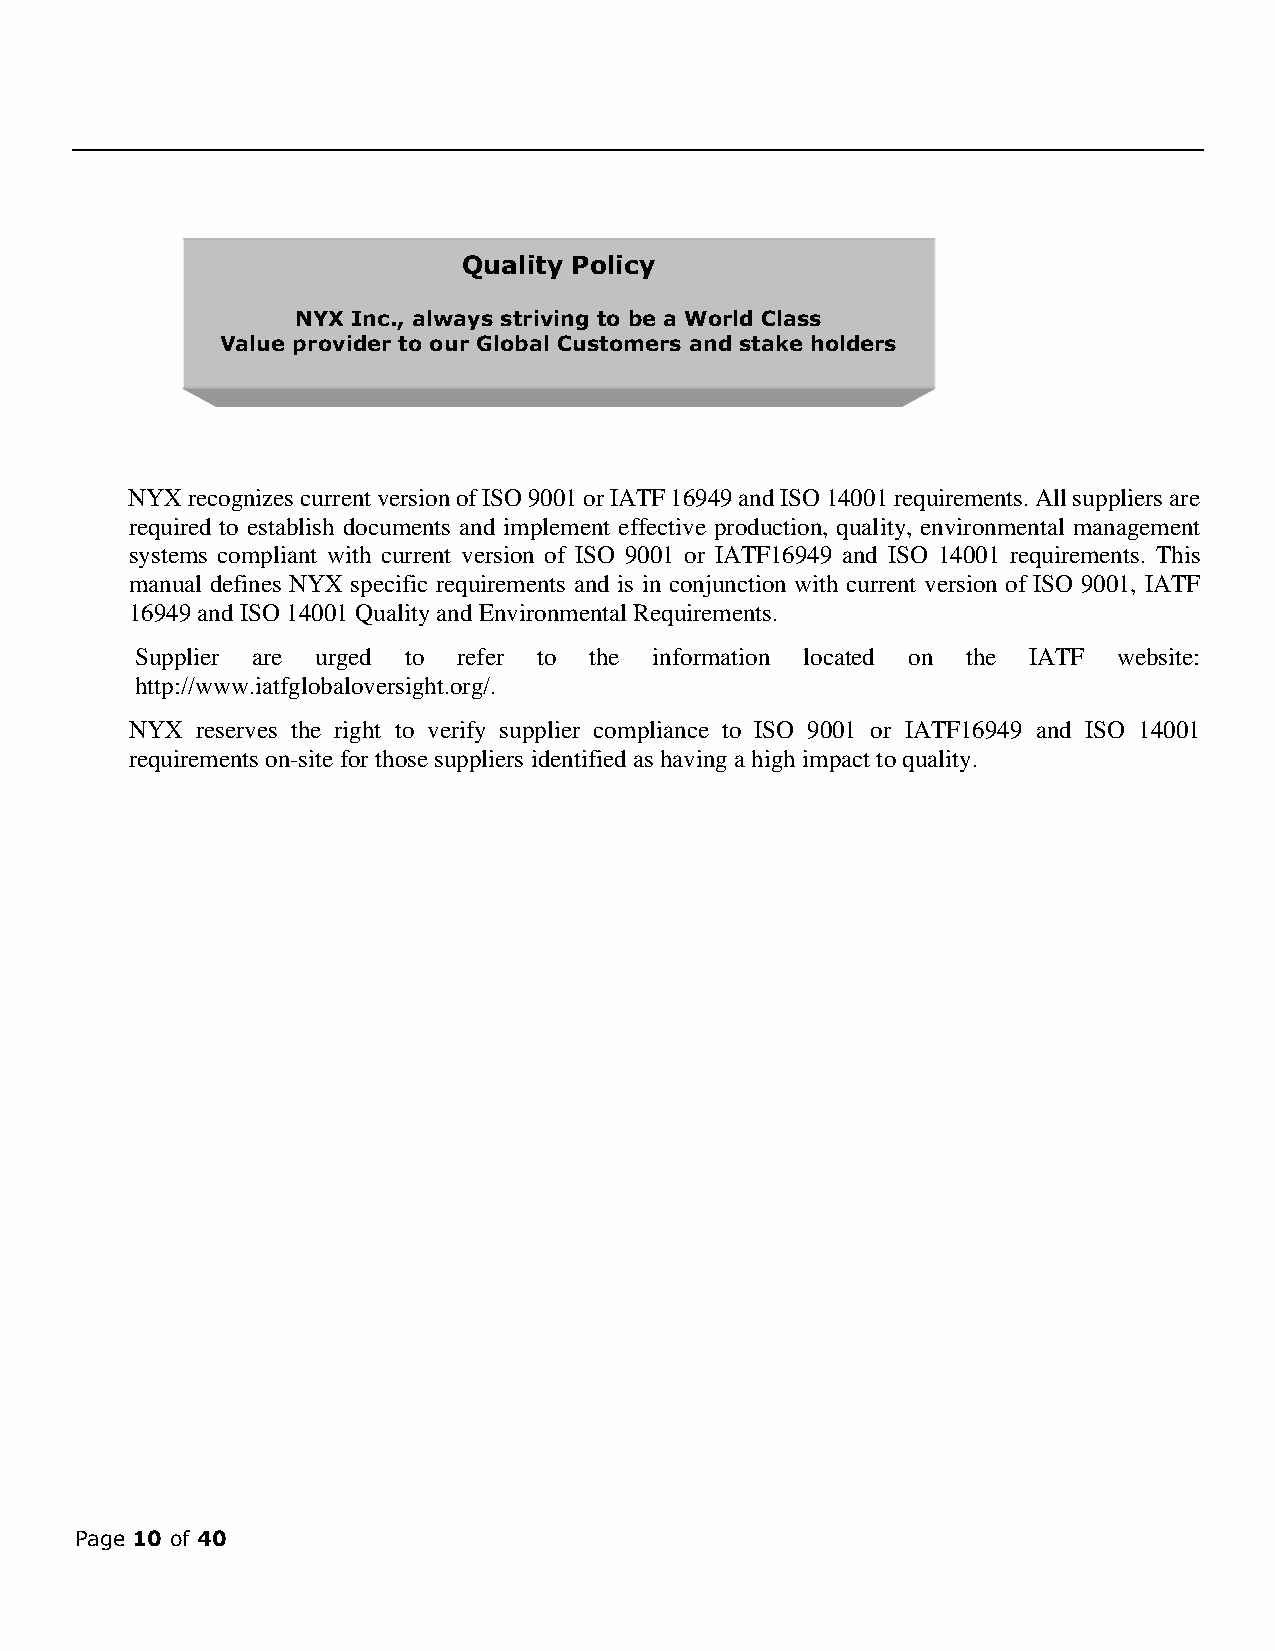
Quality Policy
 NYX Inc., always striving to be a World Class
 Value provider to our Global Customers and stake holders
 NYX recognizes current version of ISO 9001 or IATF 16949 and ISO 14001 requirements. All suppliers are
 required to establish documents and implement effective production, quality, environmental management
 systems compliant with current version of ISO 9001 or IATF16949 and ISO 14001 requirements. This
 manual defines NYX specific requirements and is in conjunction with current version of ISO 9001, IATF
 16949 and ISO 14001 Quality and Environmental Requirements.
 Supplier are urged to refer to the information located on the IATF website:
 http://www.iatfglobaloversight.org/.
 NYX reserves the right to verify supplier compliance to ISO 9001 or IATF16949 and ISO 14001
 requirements on-site for those suppliers identified as having a high impact to quality.
 Page 10 of 40